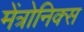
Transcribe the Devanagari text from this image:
मेंत्रोनिक्स